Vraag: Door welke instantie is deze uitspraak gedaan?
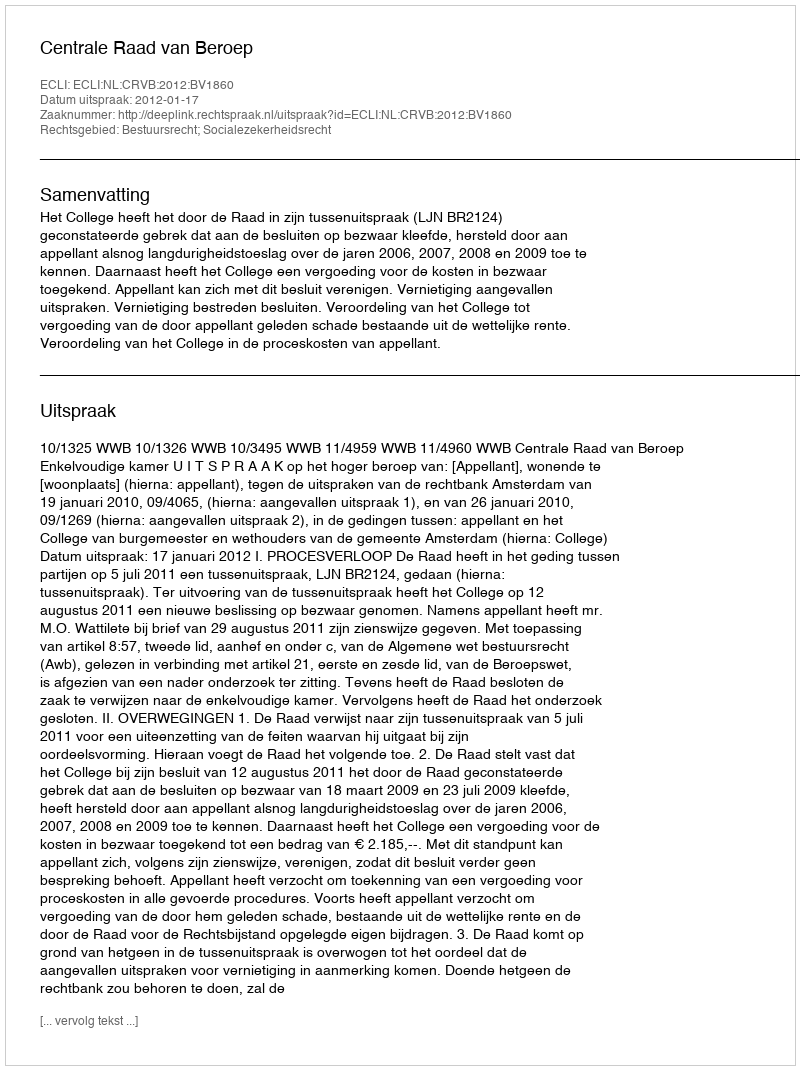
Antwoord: Centrale Raad van Beroep